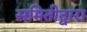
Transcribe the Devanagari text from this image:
समितीद्वारा